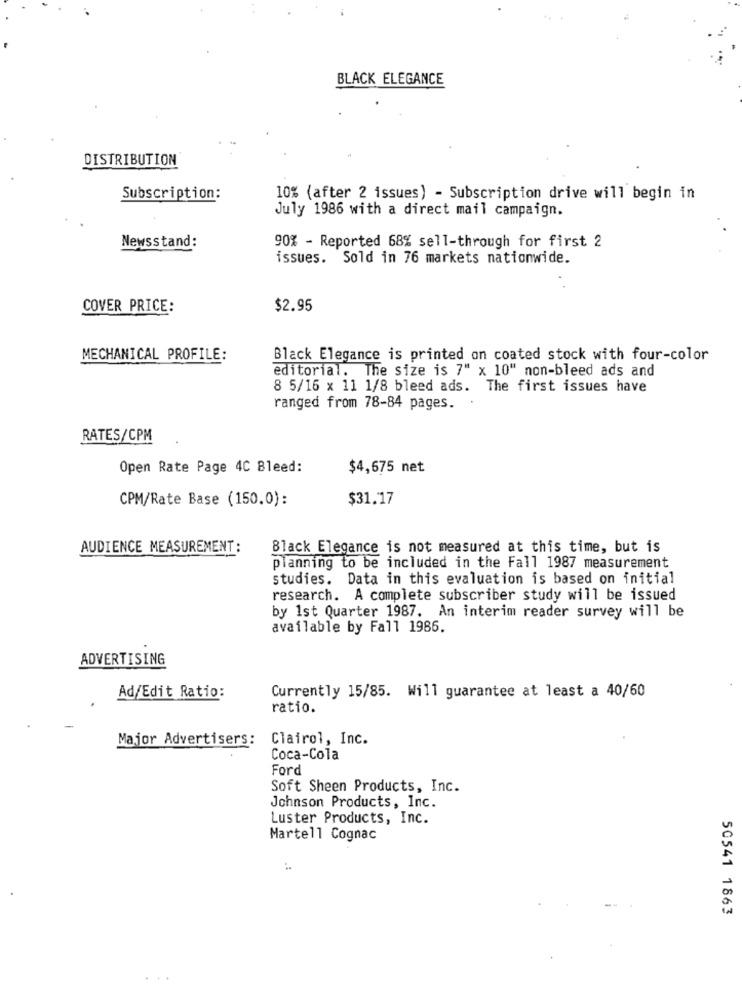
BLACK ELEGANCE
DISTRIBUTION
Subscription:
10% (after 2 issues) - Subscription drive will begin in
July 1986 with a direct mail campaign.
Newsstand:
90% - Reported 68% sell-through for first 2
issues. Sold in 76 markets nationwide.
COVER PRICE:
$2.95
MECHANICAL PROFILE:
Black Elegance is printed on coated stock with four-color
editorial. The size is 7" x 10" non-bleed ads and
8 5/16 x 11 1/8 bleed ads. The first issues have
ranged from 78-84 pages.
RATES/CPM
Open Rate Page 4C Bleed:
$4,675 net
CPM/Rate Base (150.0):
$31.17
AUDIENCE MEASUREMENT:
Black Elegance is not measured at this time, but is
planning to be included in the Fall 1987 measurement
studies. Data in this evaluation is based on initial
research. A complete subscriber study will be issued
by 1st Quarter 1987. An interim reader survey will be
available by Fall 1986.
ADVERTISING
Ad/Edit Ratio:
Currently 15/85. Will guarantee at least a 40/60
ratio.
Major Advertisers: Clairol, Inc.
Coca-Cola
Ford
Soft Sheen Products, Inc.
Johnson Products, Inc.
Luster Products, Inc.
Martell Cognac
50541 1863